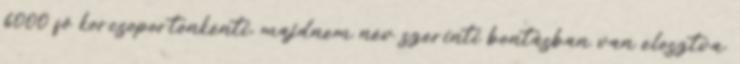
6000 fő korcsoportonkénti, majdnem név szerinti bontásban van elosztva.